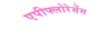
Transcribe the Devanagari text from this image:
एपीफ्लोरेसेंस